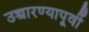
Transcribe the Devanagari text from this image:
उच्चारण्यापूर्वी